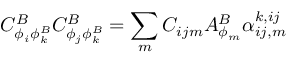
C _ { \phi _ { i } \phi _ { k } ^ { B } } ^ { B } C _ { \phi _ { j } \phi _ { k } ^ { B } } ^ { B } = \sum _ { m } C _ { i j m } A _ { \phi _ { m } } ^ { B } \alpha _ { i j , m } ^ { k , i j }